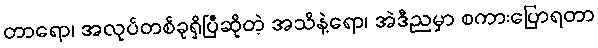
တာရော၊ အလုပ်တစ်ခုရှိပြီဆိုတဲ့ အသိနဲ့ရော၊ အဲဒီညမှာ စကားပြောရတာ